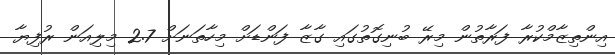
އިންތިޒާމްކުރާ ފަރާތުން މިރޭ ބުނިގޮތުގައި ގާޒާ ފަންޑަށް މިހާތަނަށް 2.7 މިލިއަން ރުފިޔާ